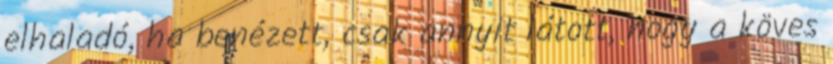
elhaladó, ha benézett, csak annyit látott, hogy a köves